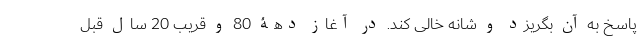
پاسخ به آن بگریزد و شانه خالی کند. در آغاز دهۀ 80 و قریب 20 سال قبل